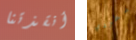
أنقذتنا بطردي